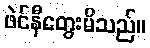
ဖဲင်နီတွေးမိသည်။